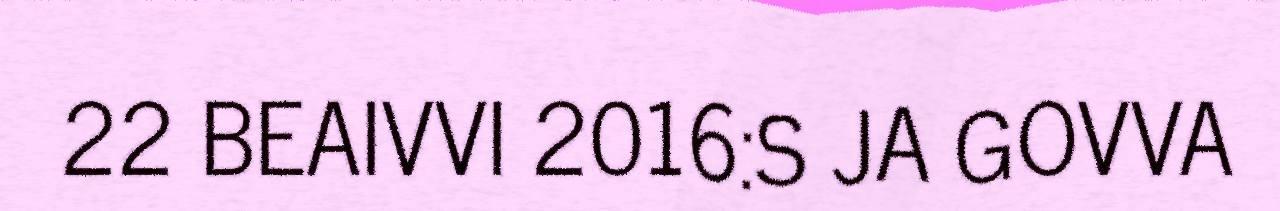
22 BEAIVVI 2016:S JA GOVVA